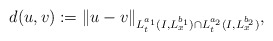
\begin{align*}d(u,v) := \|u-v\|_{L^{a_1}_t(I,L^{b_1}_x) \cap L^{a_2}_t(I,L^{b_2}_x)},\end{align*}